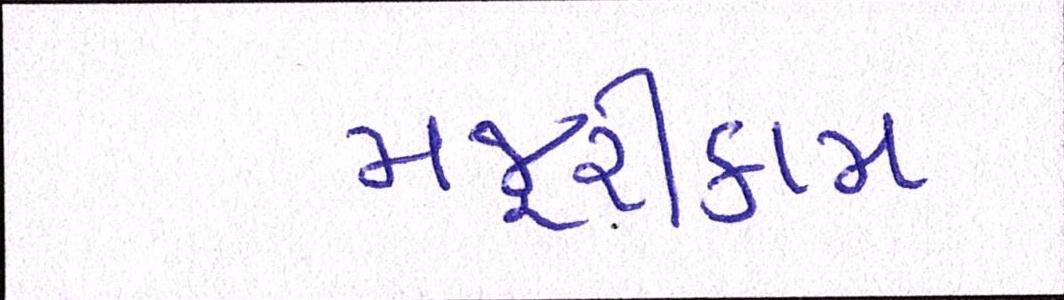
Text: મજૂરીકામ